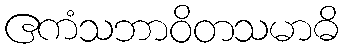
ဧကံသဘာဝိတသမာဓိ